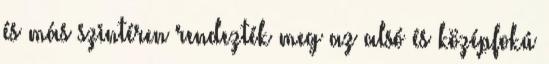
és más szintéren rendezték meg az alsó és középfokú